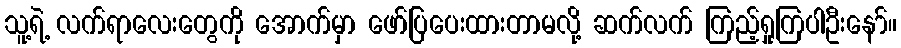
သူ့ရဲ့ လက်ရာလေးတွေကို အောက်မှာ ဖော်ပြပေးထားတာမလို့ ဆက်လက် ကြည့်ရှုကြပါဦးနော်။